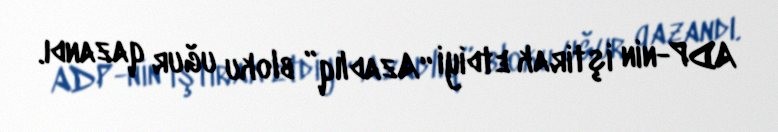
ADP-nin iştirak etdiyi “Azadlıq” bloku uğur qazandı.